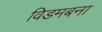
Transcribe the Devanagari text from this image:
विडमबना